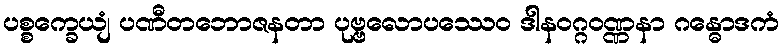
ပစ္စက္ခေယျံ ပဏီတဘောဇနတာ ပုဗ္ဗလောပဿေဝ ဒါနဝဂ္ဂဝဏ္ဏနာ ဂန္ဓောဒကံ